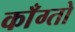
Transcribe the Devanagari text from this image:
काँग्तो